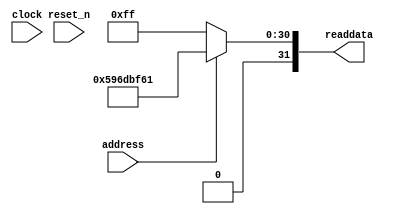
module soc_design_SystemID (
               // inputs:
                address,
                clock,
                reset_n,

               // outputs:
                readdata
             )
;

  output  [ 31: 0] readdata;
  input            address;
  input            clock;
  input            reset_n;

  wire    [ 31: 0] readdata;
  //control_slave, which is an e_avalon_slave
  assign readdata = address ? 1500364641 : 255;

endmodule